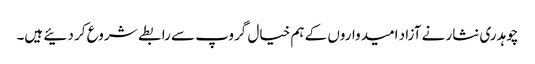
چوہدری نثار نے آزاد امیدواروں کے ہم خیال گروپ سے رابطے شروع کر دئیے ہیں۔